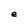
Character: e